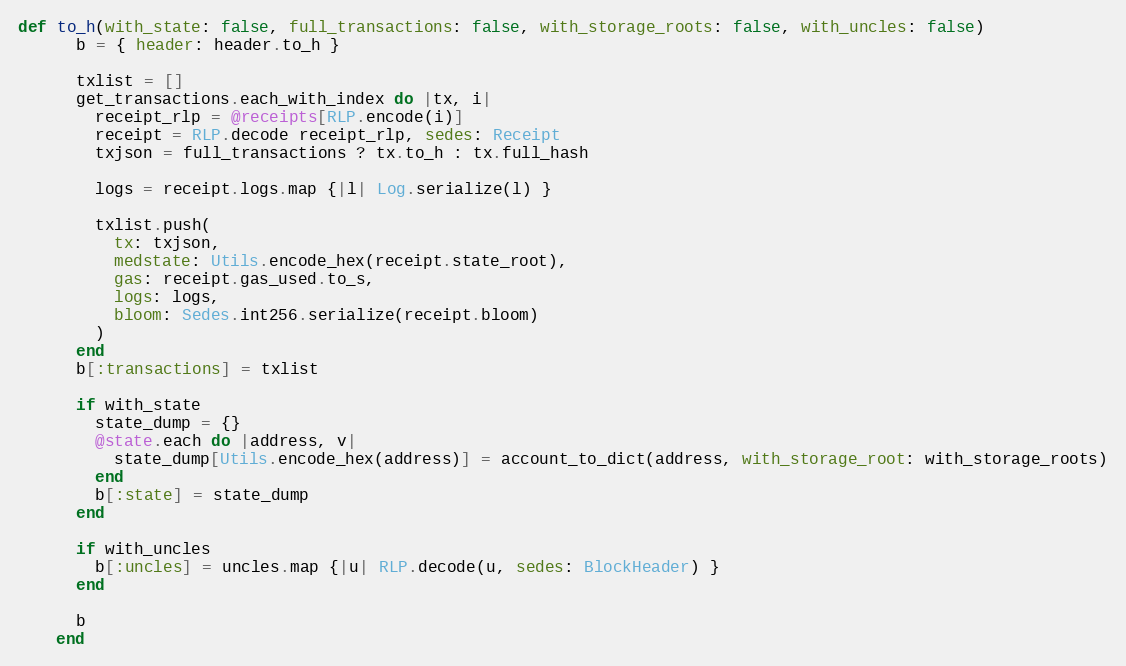
Language: Ruby
def to_h(with_state: false, full_transactions: false, with_storage_roots: false, with_uncles: false)
      b = { header: header.to_h }

      txlist = []
      get_transactions.each_with_index do |tx, i|
        receipt_rlp = @receipts[RLP.encode(i)]
        receipt = RLP.decode receipt_rlp, sedes: Receipt
        txjson = full_transactions ? tx.to_h : tx.full_hash

        logs = receipt.logs.map {|l| Log.serialize(l) }

        txlist.push(
          tx: txjson,
          medstate: Utils.encode_hex(receipt.state_root),
          gas: receipt.gas_used.to_s,
          logs: logs,
          bloom: Sedes.int256.serialize(receipt.bloom)
        )
      end
      b[:transactions] = txlist

      if with_state
        state_dump = {}
        @state.each do |address, v|
          state_dump[Utils.encode_hex(address)] = account_to_dict(address, with_storage_root: with_storage_roots)
        end
        b[:state] = state_dump
      end

      if with_uncles
        b[:uncles] = uncles.map {|u| RLP.decode(u, sedes: BlockHeader) }
      end

      b
    end